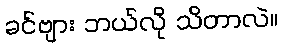
ခင်ဗျား ဘယ်လို သိတာလဲ။